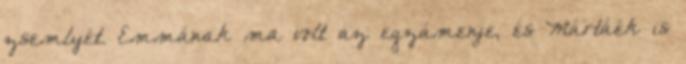
zsemlyét. Emmának ma volt az egzámenje, és Mártáék is